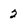
Character: 2